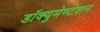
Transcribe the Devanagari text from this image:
डॉक्युमेण्टेशन